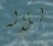
للإله